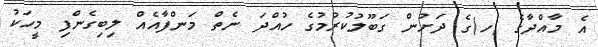
އެ މާއްދާގެ (ހ)ގެ ދަށުން ގަބޫލުކުރުމުގެ ހުއްދަ ނެތް މަންފާއެއް ލިބިގެންފި މީހަކު